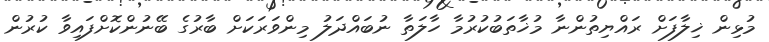
މުޅިން ޚިލާފަށް ރައްޔިތުންނާ މުޚާތަބުކުރުމާ ހާލަތާ ނުބައްދަލު މިންވަރަކަށް ބާރުގެ ބޭނުންކޮށްފައިވާ ކުރުން